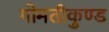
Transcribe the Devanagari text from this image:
गोमतीकुण्ड